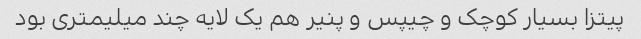
پیتزا بسیار کوچک و چیپس و پنیر هم یک لایه چند میلیمتری بود